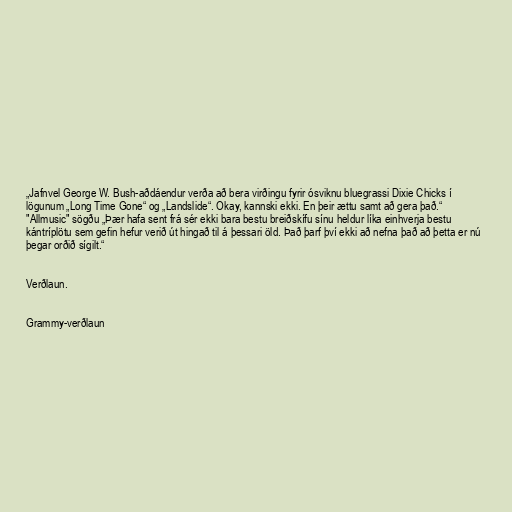
„Jafnvel George W. Bush-aðdáendur verða að bera virðingu fyrir ósviknu bluegrassi Dixie Chicks í
lögunum „Long Time Gone“ og „Landslide“. Okay, kannski ekki. En þeir ættu samt að gera það.“
"Allmusic" sögðu „Þær hafa sent frá sér ekki bara bestu breiðskífu sínu heldur líka einhverja bestu
kántríplötu sem gefin hefur verið út hingað til á þessari öld. Það þarf því ekki að nefna það að þetta er nú
þegar orðið sígilt.“

Verðlaun.

Grammy-verðlaun